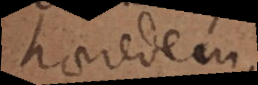
haeredem.